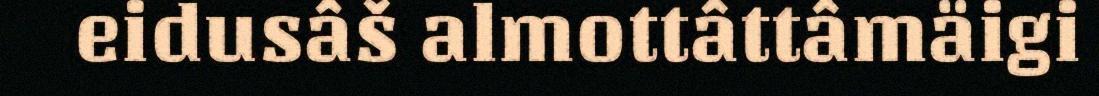
eidusâš almottâttâmäigi